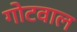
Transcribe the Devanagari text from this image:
गोटवाल